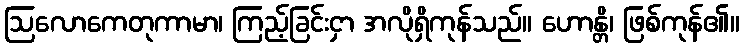
ဩလောကေတုကာမာ၊ ကြည့်ခြင်းငှာ အလိုရှိကုန်သည်။ ဟောန္တိ၊ ဖြစ်ကုန်၏။